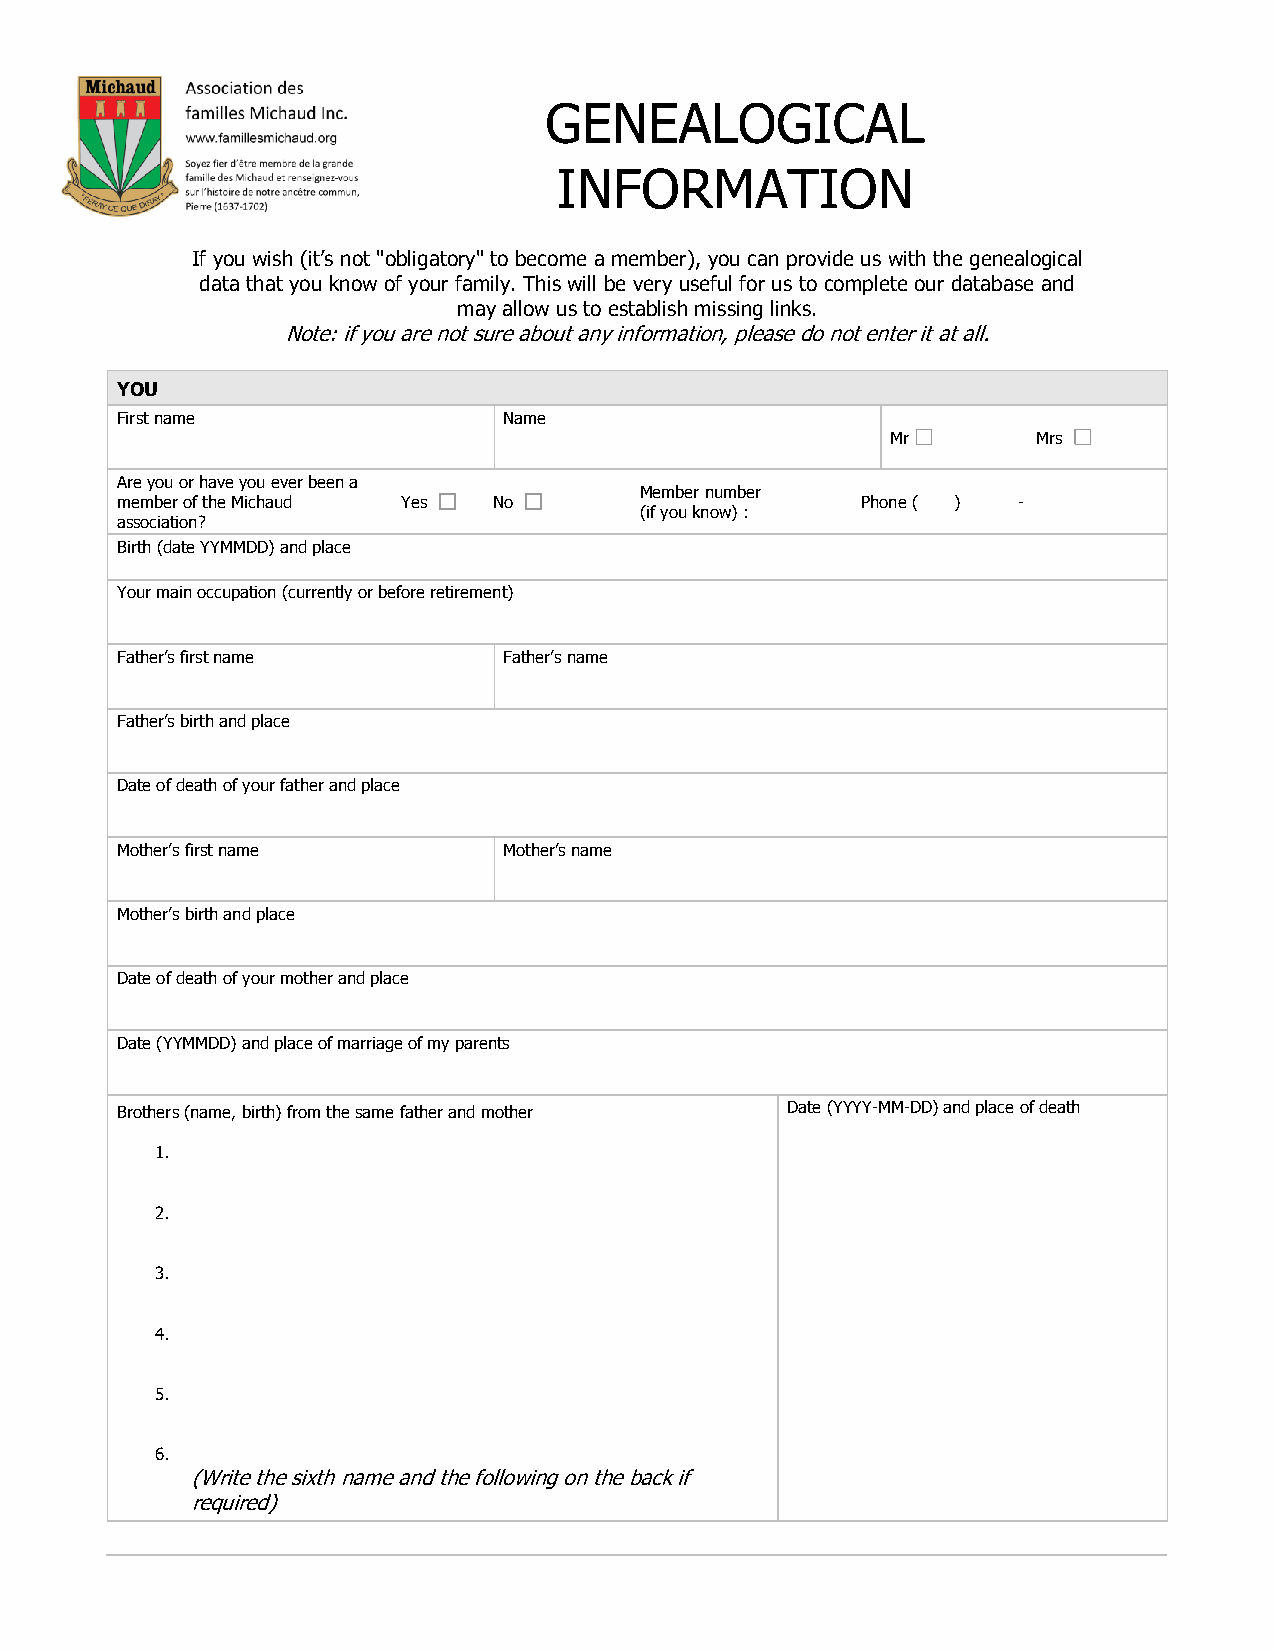
GENEALOGICAL
 INFORMATION
 If you wish (it’s not "obligatory" to become a member), you can provide us with the genealogical
 data that you know of your family. This will be very useful for us to complete our database and
 may allow us to establish missing links.
 Note: if you are not sure about any information, please do not enter it at all.
 YOU
 First name               Name
 Mr        Mrs
 Are you or have you ever been a
 Member number
 member of the Michaud Yes No                     Phone ( ) -
 (if you know) :
 association?
 Birth (date YYMMDD) and place
 Your main occupation (currently or before retirement)
 Father’s first name      Father’s name
 Father’s birth and place
 Date of death of your father and place
 Mother’s first name      Mother’s name
 Mother’s birth and place
 Date of death of your mother and place
 Date (YYMMDD) and place of marriage of my parents
 Brothers (name, birth) from the same father and mother Date (YYYY-MM-DD) and place of death
 1.
 2.
 3.
 4.
 5.
 6.
 (Write the sixth name and the following on the back if
 required)